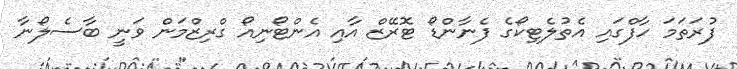
ފުރަތަމަ ހާފްގައި އެތުލެޓިކޯގެ ފެނާންޑޯ ޓޮރޭޒް އާއި އެންޓޯނިއޯ ގްރިޒްމަން ވަނީ ބާސެލޯނާ